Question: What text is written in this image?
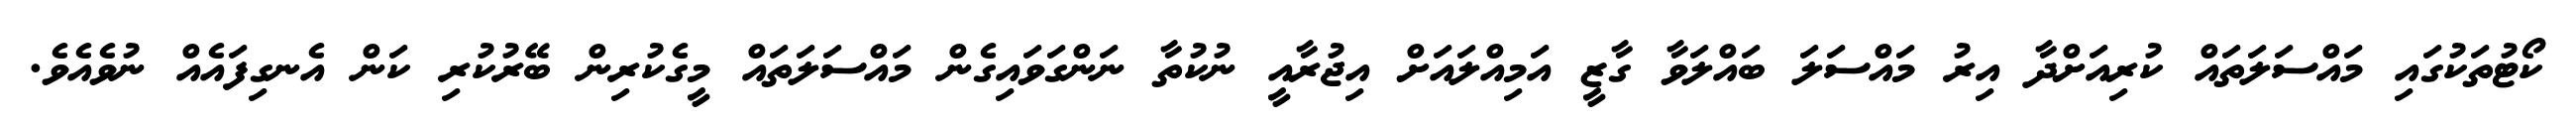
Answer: ކޯޓުތަކުގައި މައްސަލަތައް ކުރިއަށްދާ އިރު މައްސަލަ ބައްލަވާ ގާޒީ އަމިއްލައަށް އިޖުރާއީ ނުކުތާ ނަންގަވައިގެން މައްސަލަތައް މީގެކުރިން ބޭރުކުރި ކަން އެނގިފައެއް ނުވެއެވެ.